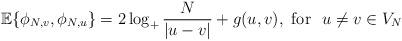
LaTeX: \begin{align*}\mathbb{E}\{\phi_{N,v},\phi_{N,u}\}= 2\log_{+}\frac{N}{|u - v|} + g(u,v), \mbox{ for}\,\, \,\, u \ne v \in V_N\end{align*}